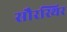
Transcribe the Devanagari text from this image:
सौरस्थिर